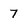
Character: 7